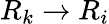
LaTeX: R_{k}\to R_{i}